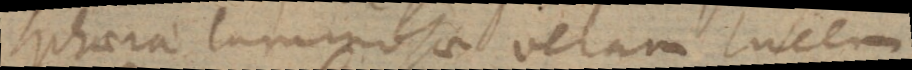
sphaerae luminosae veram lucem